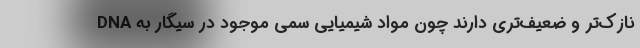
نازک‌تر و ضعیف‌تری دارند چون مواد شیمیایی سمی موجود در سیگار به DNA